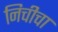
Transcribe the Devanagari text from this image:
निचीचा